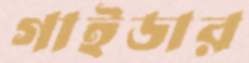
গাইডার